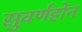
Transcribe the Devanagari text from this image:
सुवर्णहोन